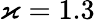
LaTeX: \varkappa=1.3